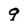
Character: q